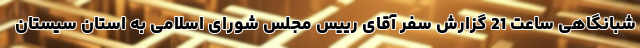
شبانگاهی ساعت 21 گزارش سفر آقای رییس مجلس شورای اسلامی به استان سیستان